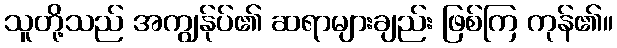
သူတို့သည် အကျွန်ုပ်၏ ဆရာများချည်း ဖြစ်ကြ ကုန်၏။